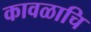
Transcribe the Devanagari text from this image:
कावळाचि